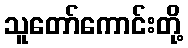
သူတော်ကောင်းတို့